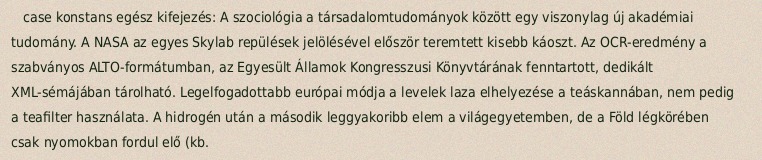
case konstans egész kifejezés: A szociológia a társadalomtudományok között egy viszonylag új akadémiai tudomány. A NASA az egyes Skylab repülések jelölésével először teremtett kisebb káoszt. Az OCR-eredmény a szabványos ALTO-formátumban, az Egyesült Államok Kongresszusi Könyvtárának fenntartott, dedikált XML-sémájában tárolható. Legelfogadottabb európai módja a levelek laza elhelyezése a teáskannában, nem pedig a teafilter használata. A hidrogén után a második leggyakoribb elem a világegyetemben, de a Föld légkörében csak nyomokban fordul elő (kb.